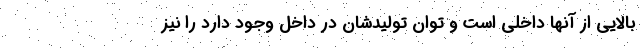
بالایی از آنها داخلی است و توان تولیدشان در داخل وجود دارد را نیز